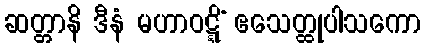
ဆတ္တာနိ ဒီနံ မဟာဝဋ္ဋိံ ဧသေတ္ထုပါသကော